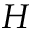
H